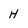
Character: H